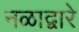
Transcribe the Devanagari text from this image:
नळाद्वारे